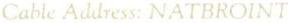
Cable Address: NATBROINT